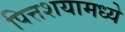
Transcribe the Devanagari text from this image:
पित्तशयामध्ये